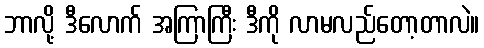
ဘာလို့ ဒီလောက် အကြာကြီး ဒီကို လာမလည်တော့တာလဲ။